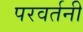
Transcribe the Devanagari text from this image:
परवर्तनी